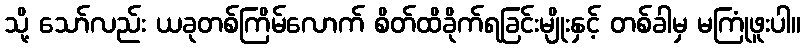
သို့ သော်လည်း ယခုတစ်ကြိမ်လောက် စိတ်ထိခိုက်ရခြင်းမျိုးနှင့် တစ်ခါမှ မကြုံဖူးပါ။